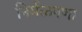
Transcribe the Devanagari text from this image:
निर्मळपणा